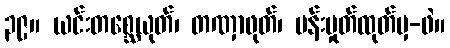
၃၉။ ယင်းတစ္ဆေယုတ်၊ တဏှာဖုတ်၊ မန်းမှုတ်ထုတ်မှ-ဖဲ။